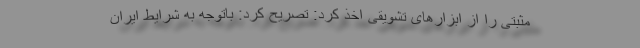
مثبتی را از ابزارهای تشویقی اخذ کرد: تصریح کرد: باتوجه به شرایط ایران